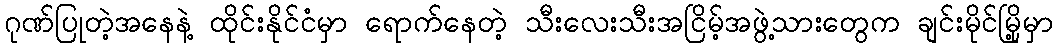
ဂုဏ်ပြုတဲ့အနေနဲ့ ထိုင်းနိုင်ငံမှာ ရောက်နေတဲ့ သီးလေးသီးအငြိမ့်အဖွဲ့သားတွေက ချင်းမိုင်မြို့မှာ